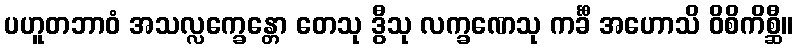
ပဟူတဘာဝံ အသလ္လက္ခေန္တော တေသု ဒွီသု လက္ခဏေသု ကင်္ခီ အဟောသိ ဝိစိကိစ္ဆီ။